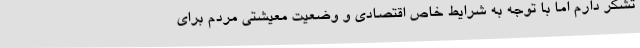
تشکر دارم اما با توجه به شرایط خاص اقتصادی و وضعیت معیشتی مردم برای